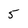
Character: 5